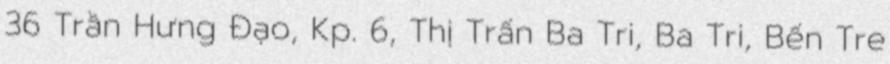
36 Trần Hưng Đạo, Kp. 6, Thị Trấn Ba Tri, Ba Tri, Bến Tre